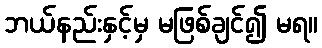
ဘယ်နည်းနှင့်မှ မဖြစ်ချင်၍ မရ။